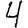
Digit: 4